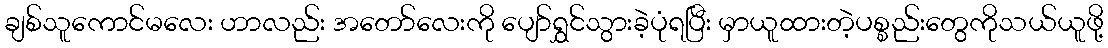
ချစ်သူကောင်မလေး ဟာလည်း အတော်လေးကို ပျော်ရွှင်သွားခဲ့ပုံရပြီး မှာယူထားတဲ့ပစ္စည်းတွေကိုသယ်ယူဖို့